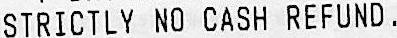
STRICTLY NO CASH REFUND.